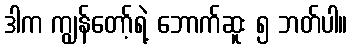
ဒါက ကျွန်တော့်ရဲ့ ဘောက်ဆူး ၅ ဘတ်ပါ။